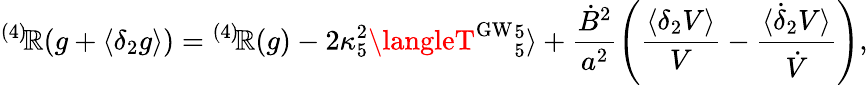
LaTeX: {}^{(4)}\! \mathbb{R}(g+\langle\delta_{2}g\rangle)={}^{(4)}\! \mathbb{R}(g)-2\kappa_{5}^{2}\langleT^{\mathrm{{GW}}}{}_{5}^{5}\rangle+\frac{{\dot{{B}}^{2}}}{{a^{2}}}\left(\frac{{\langle\delta_{2}V\rangle}}{{V}}-\frac{{\langle\dot{{\delta}}_{2}V\rangle}}{{\dot{{V}}}}\right),